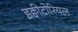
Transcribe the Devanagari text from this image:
इक्वीटोरियल